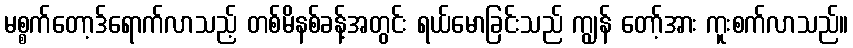
မစ္စက်တော့ဒ်ရောက်လာသည့် တစ်မိနစ်ခန့်အတွင်း ရယ်မောခြင်းသည် ကျွန် တော့်အား ကူးစက်လာသည်။